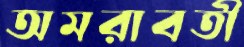
অমরাবতী